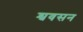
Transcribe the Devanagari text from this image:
श्ववसन